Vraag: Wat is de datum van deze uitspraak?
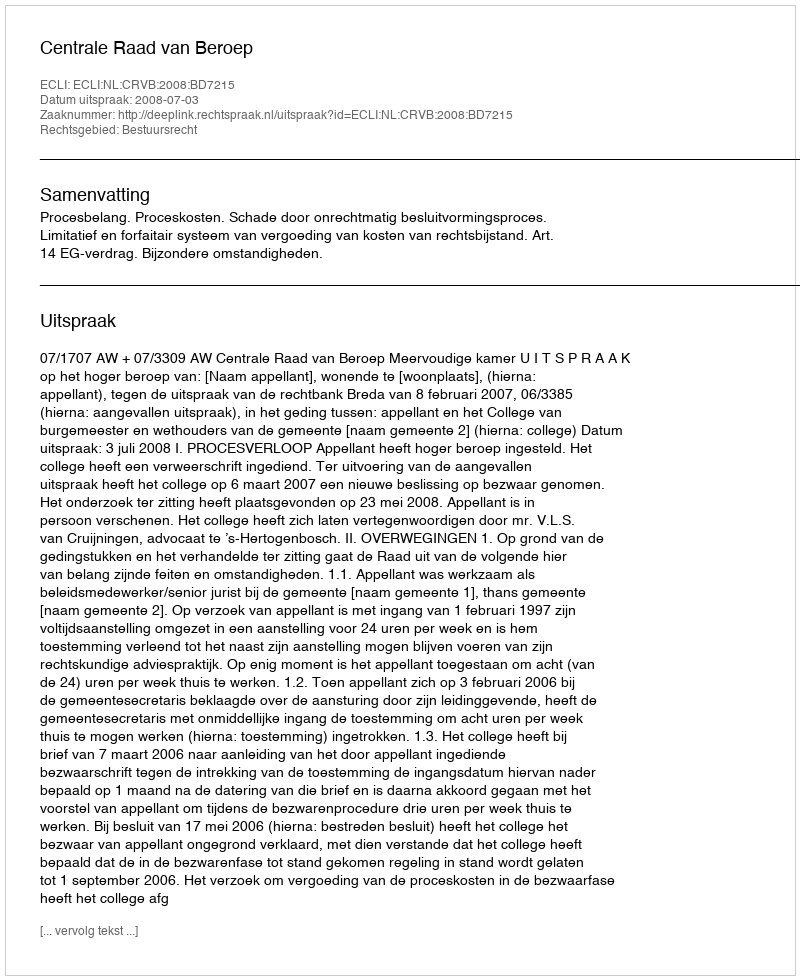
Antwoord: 2008-07-03